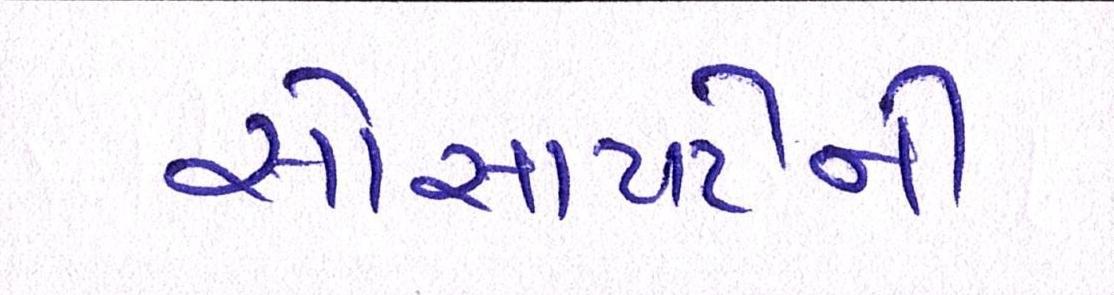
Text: સોસાયટીની